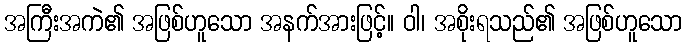
အကြီးအကဲ၏ အဖြစ်ဟူသော အနက်အားဖြင့်။ ဝါ၊ အစိုးရသည်၏ အဖြစ်ဟူသော